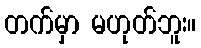
တက်မှာ မဟုတ်ဘူး။